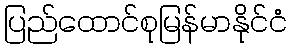
ပြည်ထောင်စုမြန်မာနိုင်ငံ